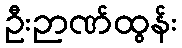
ဦးဉာဏ်ထွန်း